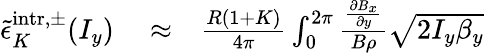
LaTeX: \begin{array}{rlr}{\tilde{\epsilon}_{K}^{\mathrm{intr},\pm}(I_{y})}&{{}\approx}&{\frac{R(1+K)}{4\pi}\int_{0}^{2\pi}\frac{\frac{\partial B_{x}}{\partial y}}{B\rho}\sqrt{2I_{y}\beta_{y}}}\end{array}